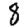
Digit: 8